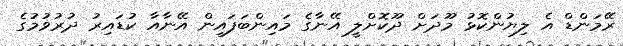
ރޭމަންޑް އެ ލިޔުންކޮޅު މޫދަށް ދޫކޮށްލީ އޭނާގެ މައިންބަފައިން އޭނާއާ ކުޑައިރު ދުރުވުމުގެ